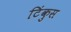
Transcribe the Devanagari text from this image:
टिंकुस